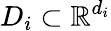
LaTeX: D_{i}\subset\mathbb{R}^{d_{i}}